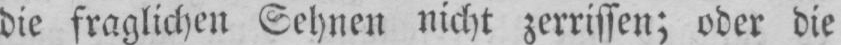
die fraglichen Sehnen nicht zerrissen; oder die